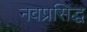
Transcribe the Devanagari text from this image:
नवप्रसिद्ध